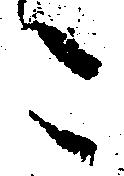
こ